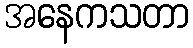
အနေကသတာ